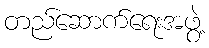
တည်ဆောက်ရေးအဖွဲ့